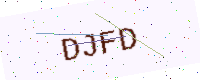
Text: DJFD